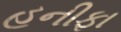
હનીફા